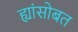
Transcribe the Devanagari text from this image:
ह्यांसोबत